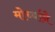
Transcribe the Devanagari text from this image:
मोर्च्याने